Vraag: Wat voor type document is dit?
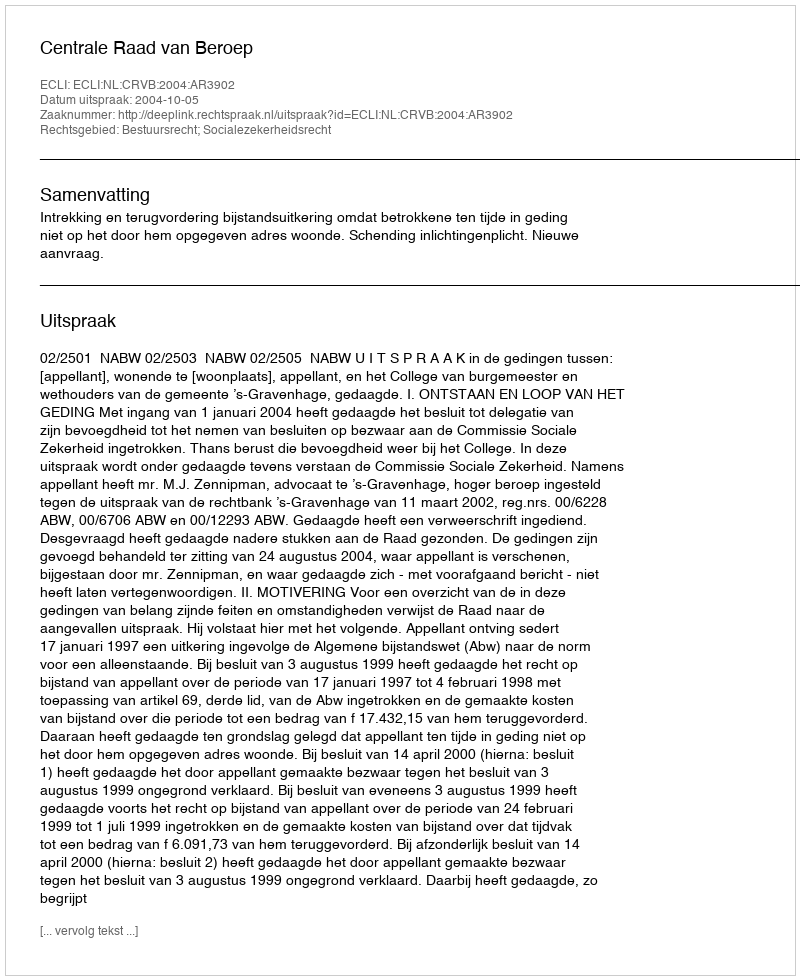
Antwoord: Uitspraak